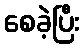
စေခဲ့ပြီး